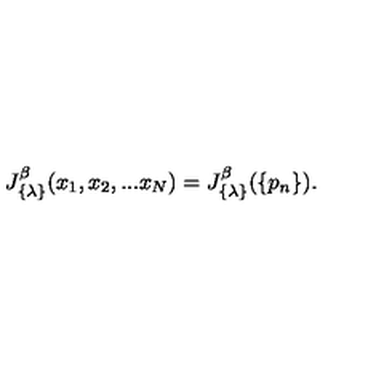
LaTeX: J _ { \{ \lambda \} } ^ { \beta } ( x _ { 1 } , x _ { 2 } , . . . x _ { N } ) = J _ { \{ \lambda \} } ^ { \beta } ( \{ p _ { n } \} ) .